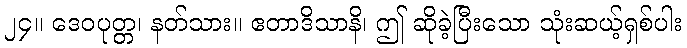
၂၄။ ဒေဝပုတ္တ၊ နတ်သား။ ဧတာဒိသာနိ၊ ဤ ဆိုခဲ့ပြီးသော သုံးဆယ့်ရှစ်ပါး